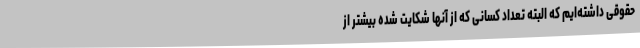
حقوقی داشته‌ایم که البته تعداد کسانی که از آنها شکایت شده بیشتر از